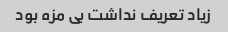
زیاد تعریف نداشت بی مزه بود